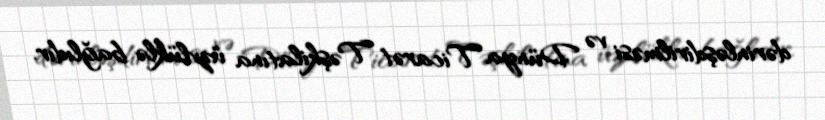
dərinləşdirilməsi və Dünya Ticarət Təşkilatına üzvlüklə bağlıdır.